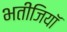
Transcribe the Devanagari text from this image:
भतीजियाॅ